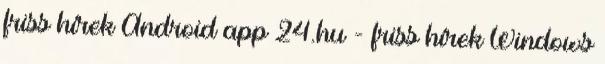
friss hírek Android app 24.hu - friss hírek Windows